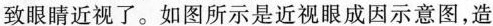
致眼睛近视了。如图所示是近视眼成因示意图，造